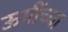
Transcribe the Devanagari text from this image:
ऊमींच्या